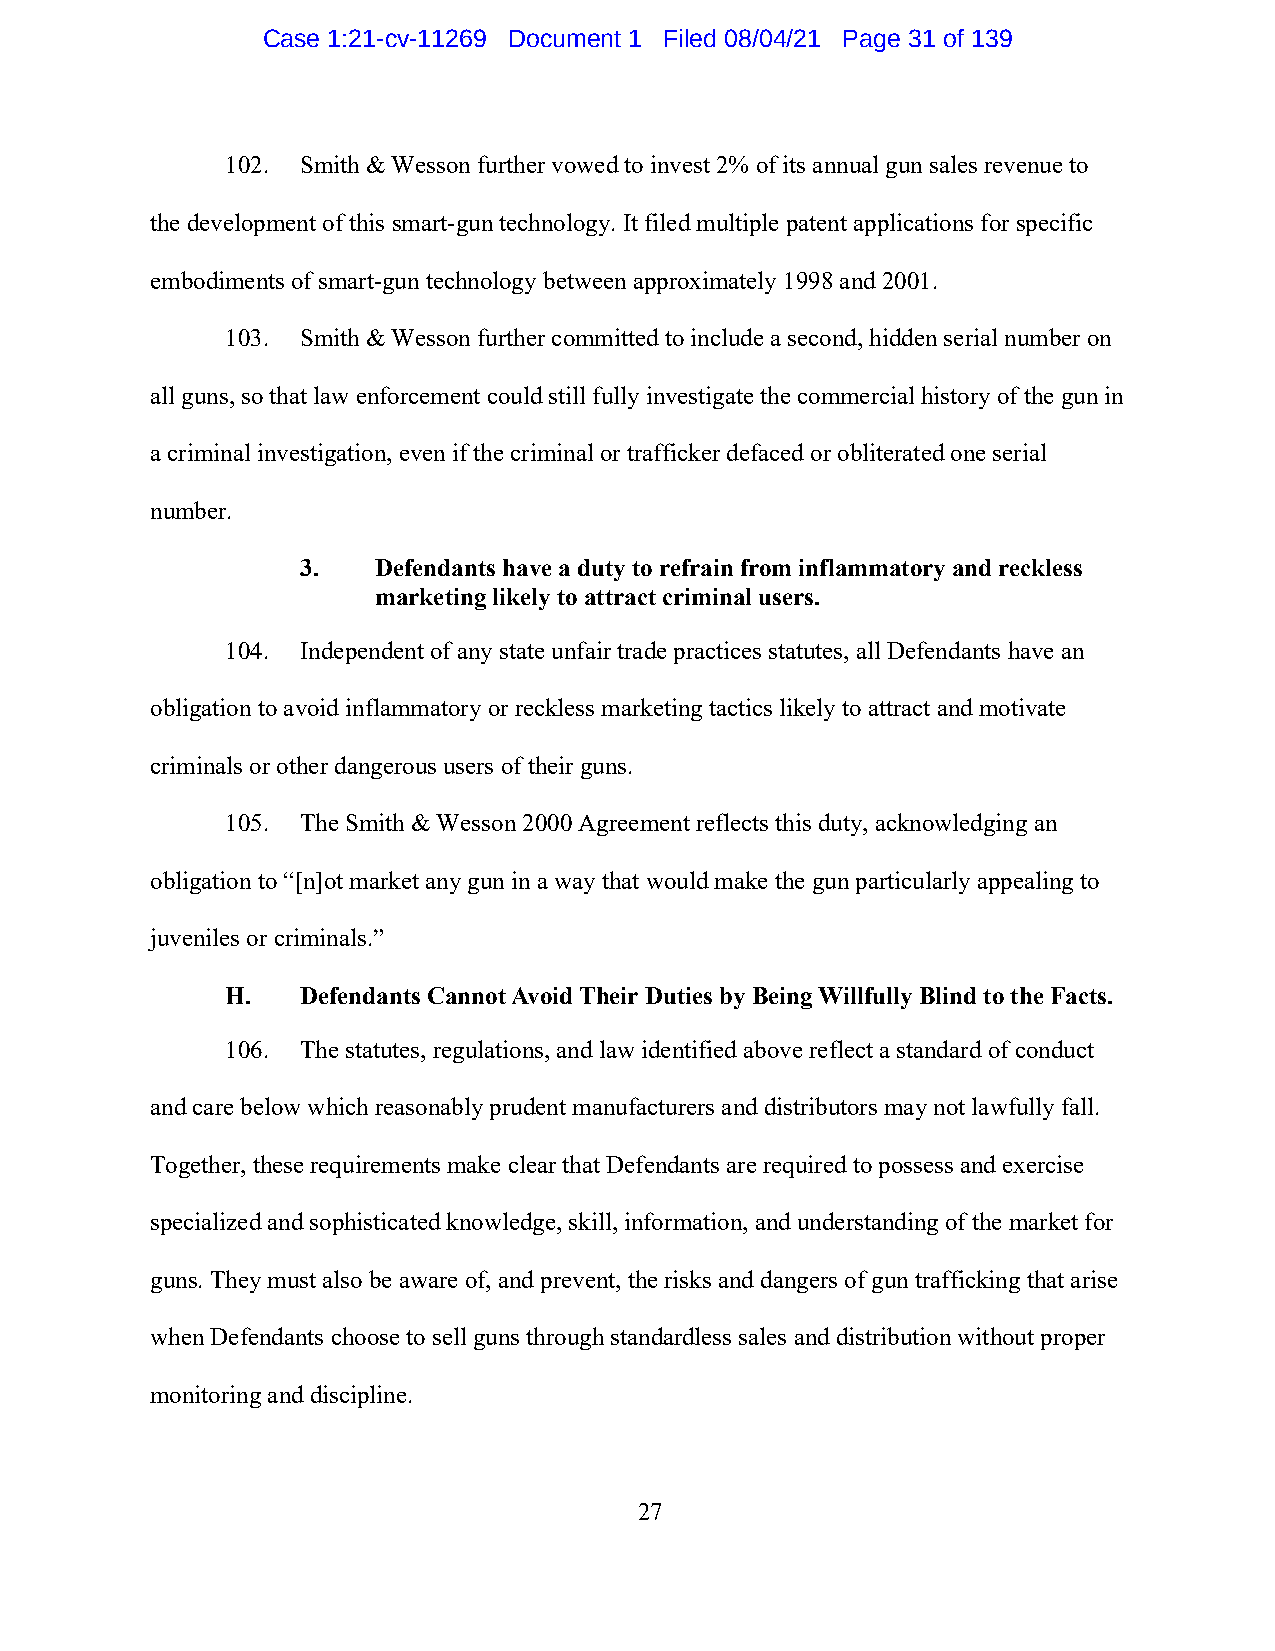
Case 1:21-cv-11269 Document 1 Filed 08/04/21 Page 31 of 139
 102. Smith & Wesson further vowed to invest 2% of its annual gun sales revenue to
 the development of this smart-gun technology. It filed multiple patent applications for specific
 embodiments of smart-gun technology between approximately 1998 and 2001.
 103. Smith & Wesson further committed to include a second, hidden serial number on
 all guns, so that law enforcement could still fully investigate the commercial history of the gun in
 a criminal investigation, even if the criminal or trafficker defaced or obliterated one serial
 number.
 3.   Defendants have a duty to refrain from inflammatory and reckless
 marketing likely to attract criminal users.
 104. Independent of any state unfair trade practices statutes, all Defendants have an
 obligation to avoid inflammatory or reckless marketing tactics likely to attract and motivate
 criminals or other dangerous users of their guns.
 105. The Smith & Wesson 2000 Agreement reflects this duty, acknowledging an
 obligation to “[n]ot market any gun in a way that would make the gun particularly appealing to
 juveniles or criminals.”
 H.   Defendants Cannot Avoid Their Duties by Being Willfully Blind to the Facts.
 106. The statutes, regulations, and law identified above reflect a standard of conduct
 and care below which reasonably prudent manufacturers and distributors may not lawfully fall.
 Together, these requirements make clear that Defendants are required to possess and exercise
 specialized and sophisticated knowledge, skill, information, and understanding of the market for
 guns. They must also be aware of, and prevent, the risks and dangers of gun trafficking that arise
 when Defendants choose to sell guns through standardless sales and distribution without proper
 monitoring and discipline.
 27